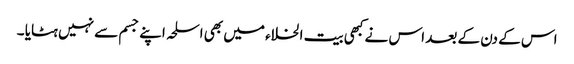
اس کے دن کے بعد اس نے کبھی بیت الخلاء میں بھی اسلحہ اپنے جسم سے نہیں ہٹایا ۔